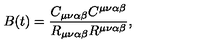
B ( t ) = \frac { C _ { \mu \nu \alpha \beta } C ^ { \mu \nu \alpha \beta } } { R _ { \mu \nu \alpha \beta } R ^ { \mu \nu \alpha \beta } } ,